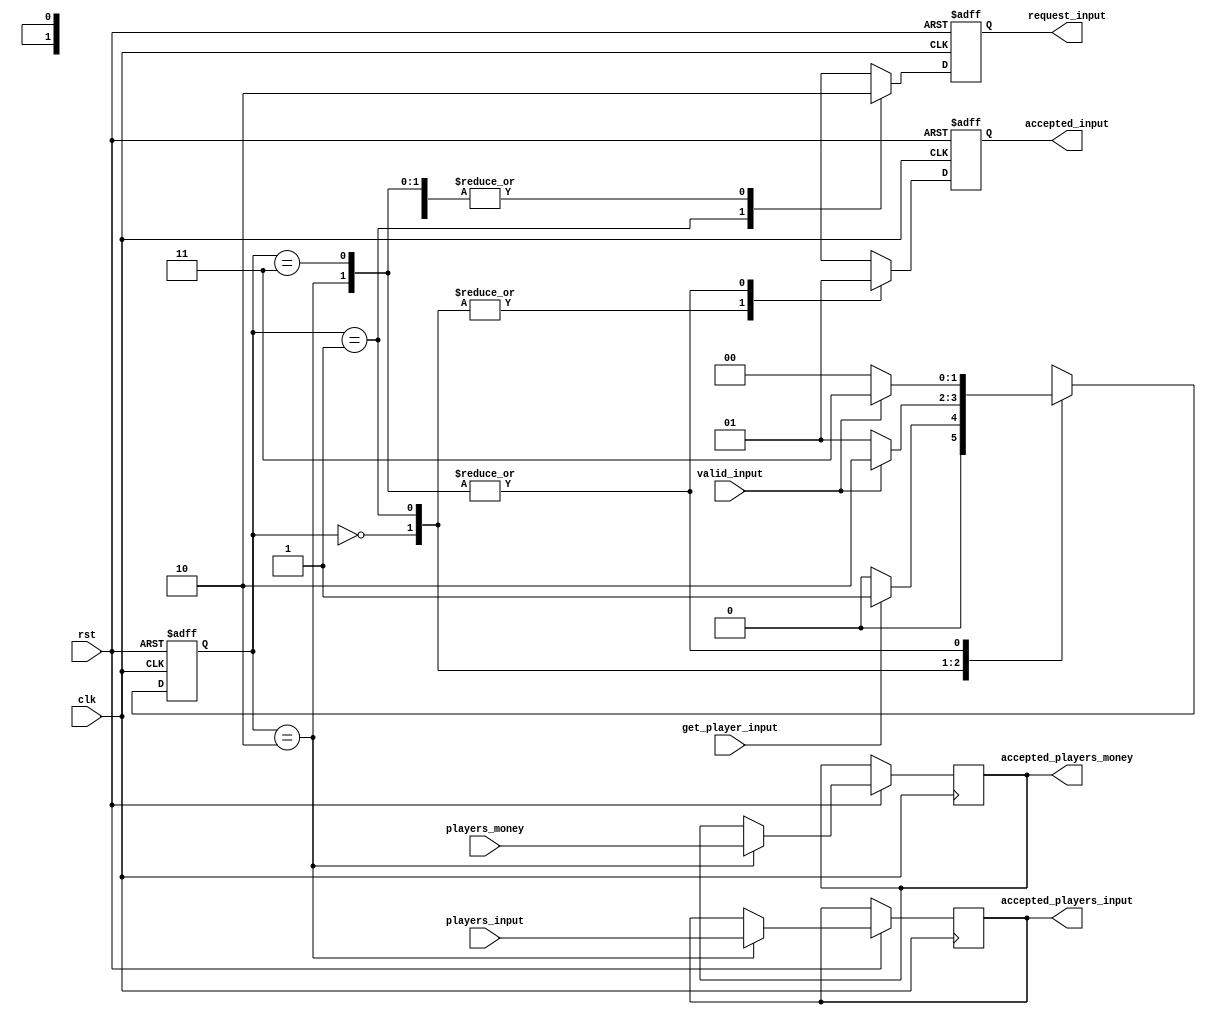
/*-----------------------------------------------------------
-------------------------------------------------------------
receive_player_input
Function to accept a players input
-------------------------------------------------------------
-----------------------------------------------------------*/
module receive_player_input (
clk, 
rst, 
get_player_input, 
players_input, 
players_money, 
valid_input, 
request_input, 
accepted_input,  
accepted_players_input,
accepted_players_money);

input clk, rst;
input get_player_input; // request to get communicate with a player
input [2:0]players_input; // players input action
input [7:0]players_money; // players bet
input valid_input; // signal is high when the action and bet are valid
output request_input; // request to player
output accepted_input; // tells player when the data has been stored
output [2:0]accepted_players_input; // stored value of action
output [7:0]accepted_players_money; // stored value of input

reg [2:0]accepted_players_input;
reg [7:0]accepted_players_money;
reg request_input;
reg accepted_input;
reg doing_nothing;

reg [1:0]S, NS;
parameter 
DO_NOTHING = 2'b00, 
S_REQUEST_INPUT = 2'b01, 
ACCEPT_INPUT = 2'b10, 
WAIT_FOR_PLAYER_VALID_DONE = 2'b11;

always @(S or valid_input or get_player_input)
begin
	case (S)
		DO_NOTHING:
		begin
			if (get_player_input == 1'b1)
			begin
				NS = S_REQUEST_INPUT;
			end
			else
			begin
				NS = DO_NOTHING;
			end
		end
		S_REQUEST_INPUT:
		begin
			if (valid_input == 1'b1)
			begin
				NS = ACCEPT_INPUT;
			end
			else
			begin
				NS = S_REQUEST_INPUT;
			end
		end
		ACCEPT_INPUT:
		begin
			if (valid_input == 1'b1)
			begin
				NS = WAIT_FOR_PLAYER_VALID_DONE;
			end
			else
			begin
				NS = DO_NOTHING;
			end
		end
		WAIT_FOR_PLAYER_VALID_DONE:
		begin
			if (valid_input == 1'b1)
			begin
				NS = WAIT_FOR_PLAYER_VALID_DONE;
			end
			else
			begin
				NS = DO_NOTHING;
			end
		end
		default: NS = DO_NOTHING;
	endcase
end

/* control the S based on NS */
always @(posedge clk or negedge rst)
begin
	if (rst == 1'b0)
	begin
		S <= DO_NOTHING;
	end
	else
	begin
		S <= NS;
	end
end

/* Outputs */
always @(posedge clk or negedge rst)
begin
	if (rst == 1'b0)
	begin
		request_input <= 1'b0;
		accepted_input <= 1'b0;
	end
	else
	begin
		case (S)
			DO_NOTHING:
			begin
				request_input <= 1'b0;
				accepted_input <= 1'b0;
			end
			S_REQUEST_INPUT:
			begin
				request_input <= 1'b1; // send request to player
				accepted_input <= 1'b0;
			end
			ACCEPT_INPUT:
			begin
				request_input <= 1'b0;
				accepted_input <= 1'b1; // tell them you have the data

				/* store the inputs */
				accepted_players_input <= players_input;
				accepted_players_money <= players_money;				
			end
			WAIT_FOR_PLAYER_VALID_DONE:
			begin
				request_input <= 1'b0;	
				accepted_input <= 1'b1; // tell them you still have the data and are waiting for them to put valid down
			end
		endcase
	end
end
endmodule